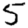
Digit: 5